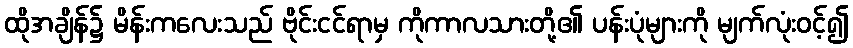
ထိုအချိန်၌ မိန်းကလေးသည် ဗိုင်းငင်ရာမှ ကိုကာလသားတို့၏ ပန်းပုံများကို မျက်လုံးဝင့်၍